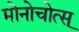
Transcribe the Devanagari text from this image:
मोनोचोत्स्